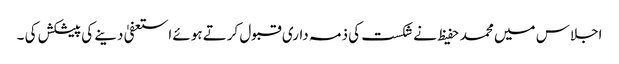
اجلاس میں محمد حفیظ نے شکست کی ذمہ داری قبول کرتے ہوئے استعفیٰ دینے کی پیشکش کی ۔